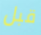
قبل